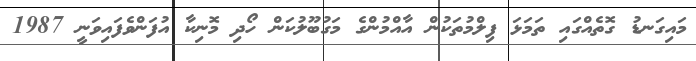
މައިގަނޑު ގޮތެއްގައި ތަމަޅަ ފިލްމުތަކުން އާއްމުންގެ މަގުބޫލުކަން ހޯދި މޮނިކާ އުފަންވެފައިވަނީ 1987